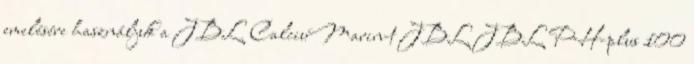
emelésére használjuk a JBL CalciuMarin-t JBL JBL PH-plus 100